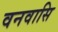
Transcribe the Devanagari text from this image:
वनवासि